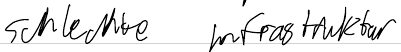
schlechte Infrastruktur